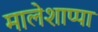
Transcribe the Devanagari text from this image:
मालेशाप्पा